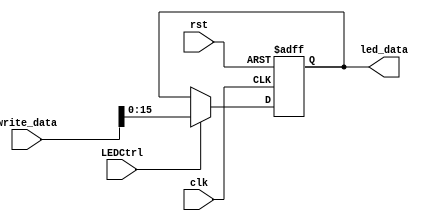
`timescale 1ns / 1ps
//////////////////////////////////////////////////////////////////////////////////
// Company: 
// Engineer: 
// 
// Design Name: 
// Module Name: Led
// Project Name: 
// Target Devices: 
// Tool Versions: 
// Description: 
// 
// Dependencies: 
// 
// Revision:
// Revision 0.01 - File Created
// Additional Comments:
// 
//////////////////////////////////////////////////////////////////////////////////


module Led(
rst,LEDCtrl,write_data,led_data,clk

    );
 input rst,clk;
 input LEDCtrl;
 input[31:0]write_data;
 output reg[15:0] led_data;
 
 always@(negedge clk or posedge rst)begin
 if(rst==1'b1)led_data=16'b0;
 else begin
 if(LEDCtrl==1)led_data=write_data[15:0];
//else led_data=0;
 end
 
 end
    
endmodule